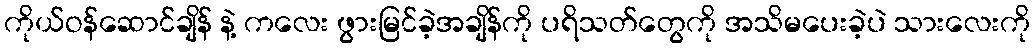
ကိုယ်ဝန်ဆောင်ချိန် နဲ့ ကလေး ဖွားမြင်ခဲ့အချိန်ကို ပရိသတ်တွေကို အသိမပေးခဲ့ပဲ သားလေးကို